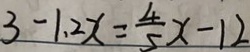
3 - 1 . 2 x = \frac { 4 } { 5 } x - 1 2